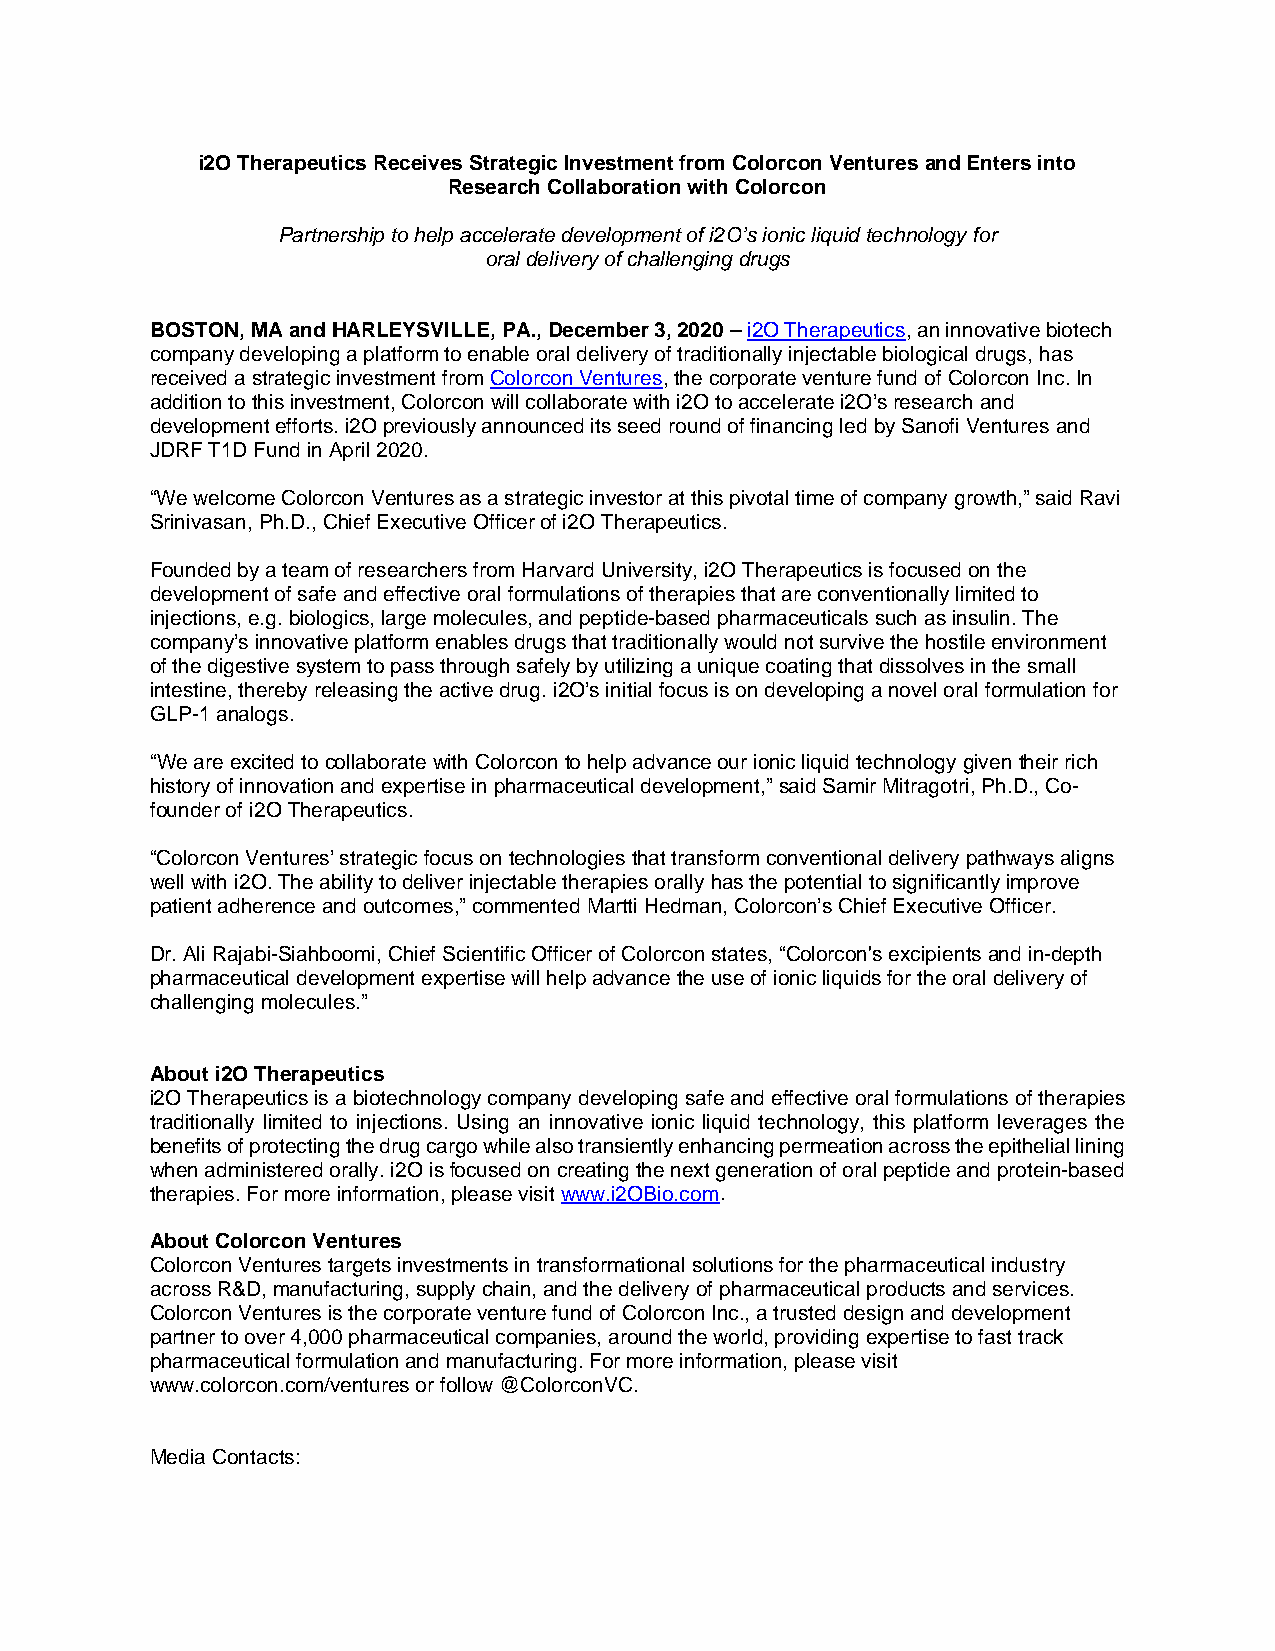
i2O Therapeutics Receives Strategic Investment from Colorcon Ventures and Enters into
 Research Collaboration with Colorcon
 Partnership to help accelerate development of i2O’s ionic liquid technology for
 oral delivery of challenging drugs
 BOSTON, MA and HARLEYSVILLE, PA., December 3, 2020 – i2O Therapeutics, an innovative biotech
 company developing a platform to enable oral delivery of traditionally injectable biological drugs, has
 received a strategic investment from Colorcon Ventures, the corporate venture fund of Colorcon Inc. In
 addition to this investment, Colorcon will collaborate with i2O to accelerate i2O’s research and
 development efforts. i2O previously announced its seed round of financing led by Sanofi Ventures and
 JDRF T1D Fund in April 2020.
 “We welcome Colorcon Ventures as a strategic investor at this pivotal time of company growth,” said Ravi
 Srinivasan, Ph.D., Chief Executive Officer of i2O Therapeutics.
 Founded by a team of researchers from Harvard University, i2O Therapeutics is focused on the
 development of safe and effective oral formulations of therapies that are conventionally limited to
 injections, e.g. biologics, large molecules, and peptide-based pharmaceuticals such as insulin. The
 company’s innovative platform enables drugs that traditionally would not survive the hostile environment
 of the digestive system to pass through safely by utilizing a unique coating that dissolves in the small
 intestine, thereby releasing the active drug. i2O’s initial focus is on developing a novel oral formulation for
 GLP-1 analogs.
 “We are excited to collaborate with Colorcon to help advance our ionic liquid technology given their rich
 history of innovation and expertise in pharmaceutical development,” said Samir Mitragotri, Ph.D., Co-
 founder of i2O Therapeutics.
 “Colorcon Ventures’ strategic focus on technologies that transform conventional delivery pathways aligns
 well with i2O. The ability to deliver injectable therapies orally has the potential to significantly improve
 patient adherence and outcomes,” commented Martti Hedman, Colorcon’s Chief Executive Officer.
 Dr. Ali Rajabi-Siahboomi, Chief Scientific Officer of Colorcon states, “Colorcon's excipients and in-depth
 pharmaceutical development expertise will help advance the use of ionic liquids for the oral delivery of
 challenging molecules.”
 About i2O Therapeutics
 i2O Therapeutics is a biotechnology company developing safe and effective oral formulations of therapies
 traditionally limited to injections. Using an innovative ionic liquid technology, this platform leverages the
 benefits of protecting the drug cargo while also transiently enhancing permeation across the epithelial lining
 when administered orally. i2O is focused on creating the next generation of oral peptide and protein-based
 therapies. For more information, please visit www.i2OBio.com.
 About Colorcon Ventures
 Colorcon Ventures targets investments in transformational solutions for the pharmaceutical industry
 across R&D, manufacturing, supply chain, and the delivery of pharmaceutical products and services.
 Colorcon Ventures is the corporate venture fund of Colorcon Inc., a trusted design and development
 partner to over 4,000 pharmaceutical companies, around the world, providing expertise to fast track
 pharmaceutical formulation and manufacturing. For more information, please visit
 www.colorcon.com/ventures or follow @ColorconVC.
 Media Contacts: